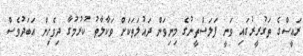
ރައީސްގެ ތަގުރީރުގައި ވަނީ ފަލަސްތީނުގެ މިނިވަން ދައުލަތަކަށް ވަކާލާތު ކުރުމުގާ ދިވެހިން އަބަދުވެސް